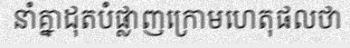
នាំគ្នាដុតបំផ្លាញក្រោមហេតុផលថា